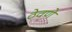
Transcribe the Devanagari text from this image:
ठेवणेे